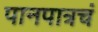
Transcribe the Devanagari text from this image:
पानपात्रचं